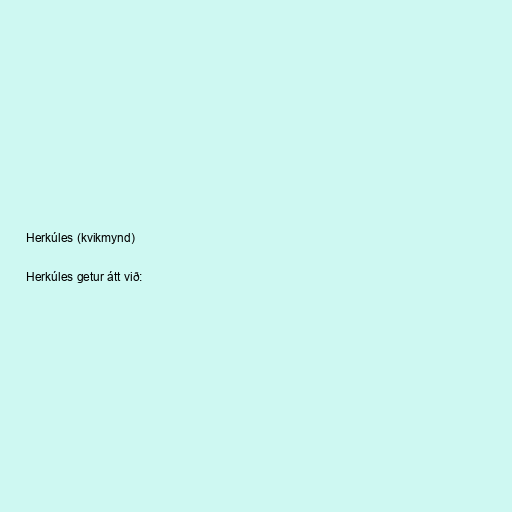
Herkúles (kvikmynd)

Herkúles getur átt við: